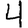
Digit: 4